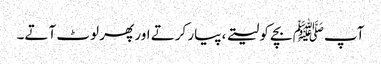
آپﷺ بچے کو لیتے ، پیار کرتے اور پھر لوٹ آتے۔